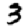
Digit: 3